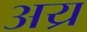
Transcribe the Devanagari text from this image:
अय्र